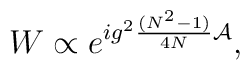
W \propto e^{i g^2 {(N^2-1) \over 4N} {\cal A}},